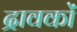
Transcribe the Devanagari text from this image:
द्रावकों